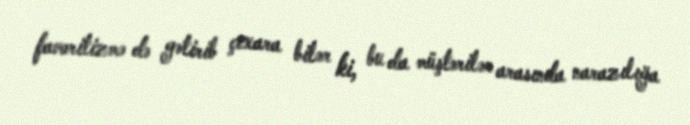
favoritizmə də gətirib çıxara bilər ki, bu da müştərilər arasında narazılığa